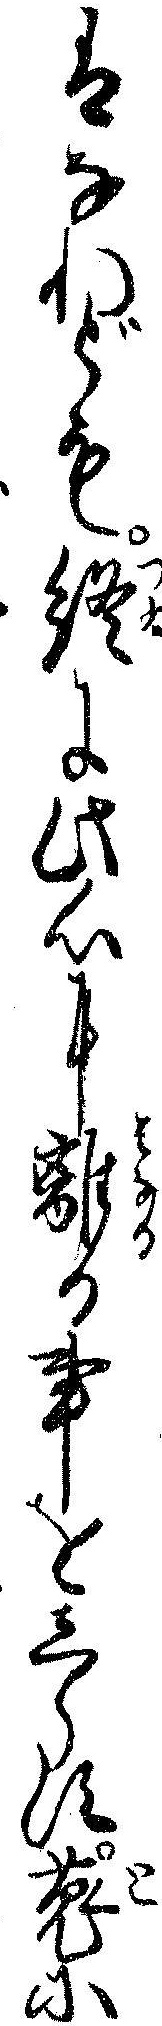
はなれども終に此心に離る事をしらす菟に